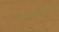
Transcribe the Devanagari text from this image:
सदसदविवेक